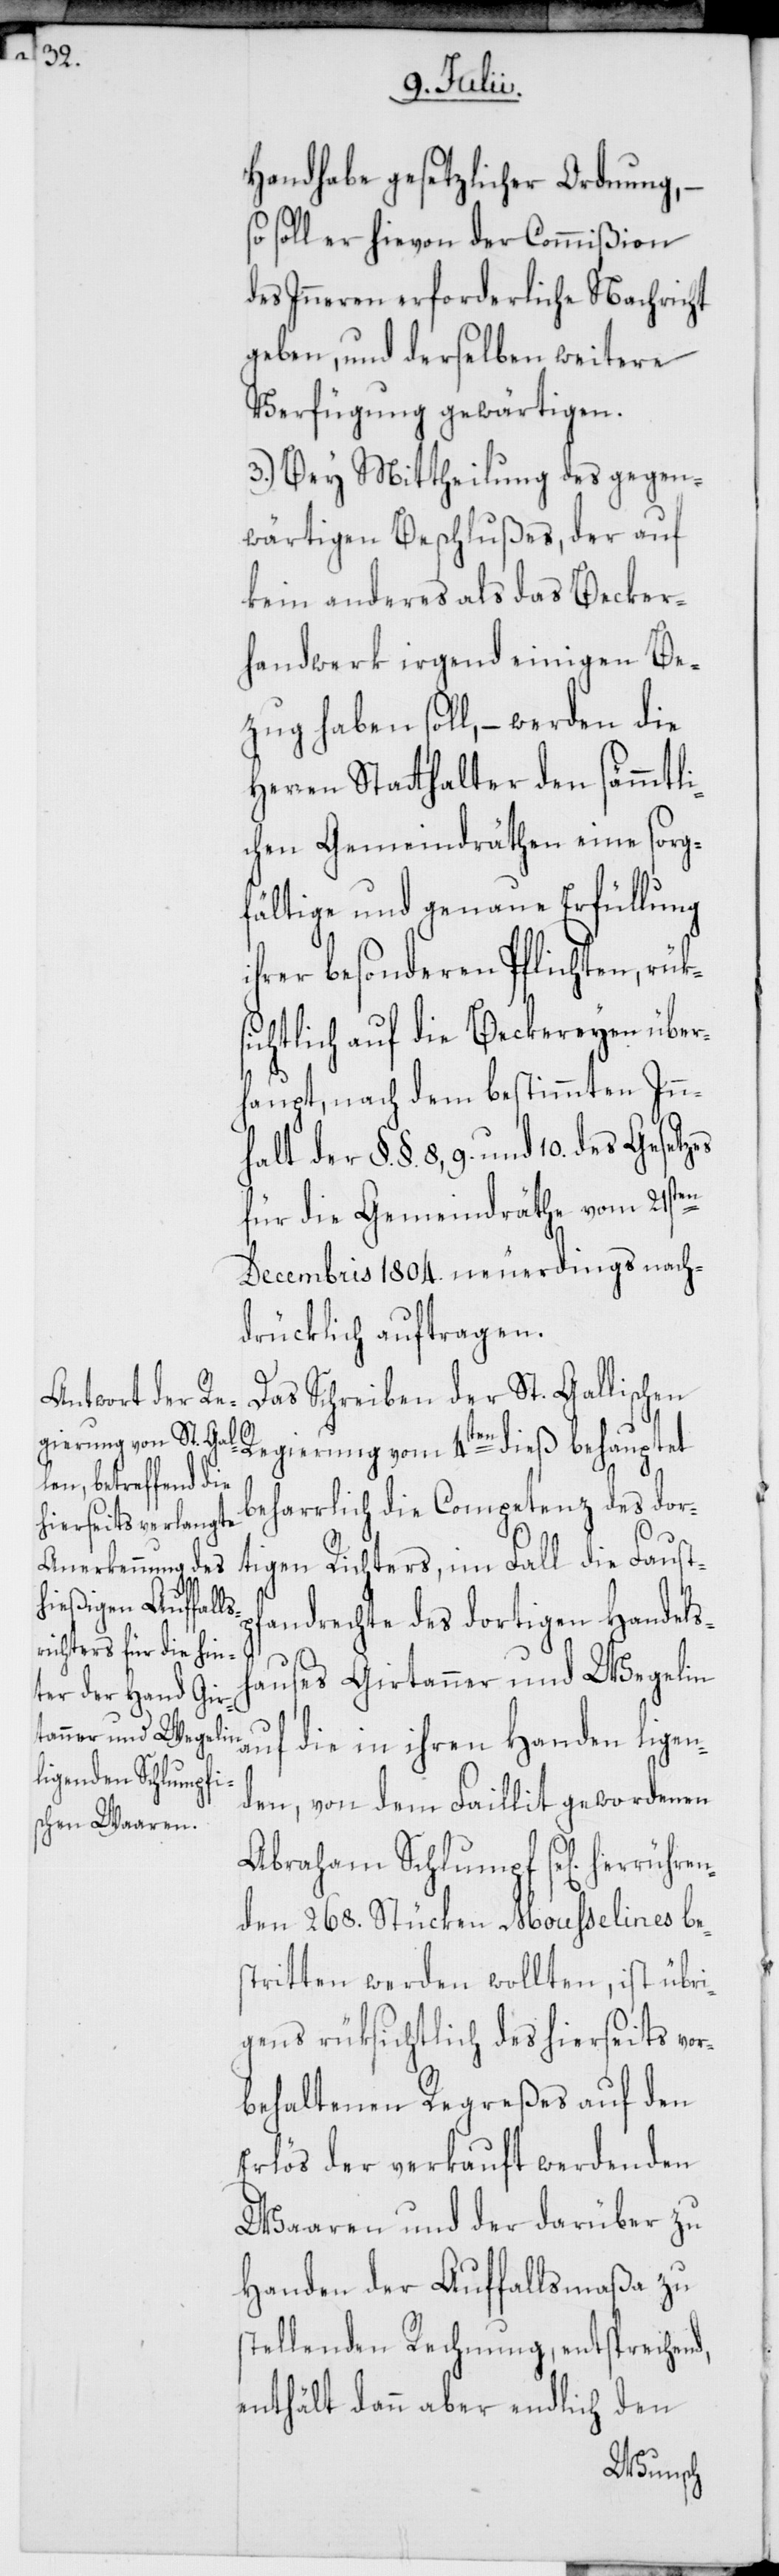
Handhabe gesetzlicher Ordnung,
soll er hievon der Commißion
des Inneren erforderliche Nachricht
geben, und derselben weitere
Verfügung gewärtigen.
3.) Bey Mittheilung des gegen¬
wärtigen Beschlußes, der auf
kein anderes als das Becker¬
handwerk irgend einigen Be¬
zug haben soll, – werden die
Herren Statthalter den sämmtli¬
chen Gemeindräthen eine sorg¬
fältige und genaue Erfüllung
ihrer besonderen Pflichten, rüks¬
ichtlich auf die Beckereyen über¬
haupt, nach dem bestimmten Inn¬
halt der §. §. 8, 9. und 10. des
für die Gemeindräthe vom 21sten
Decembris 1804. neuerdings nach¬
drücklich auftragen.
Das Schreiben der St. Gallischen
Regierung vom 4ten dieß behauptet
beharrlich die Competenz des dor¬
tigen Richters, im Fall die Faustp¬
fandrechte des dortigen Handelsh¬
auses Girtanner und Wegeli¬
n auf die in ihren Handen ligen¬
den, von dem Faillit gewordenen
Abraham Schlumpf se[lig] herrüh¬
den 268. Stücken Mousselines bes¬
tritten werden wollten, ist übri¬
gens rüksichtlich des hierseits vo¬
rbehaltenen Regreßes auf den
Erlös der verkauft werdenden
Waaren und der darüber zu
Handen der Auffallsmaßa zu
stellenden Rechnung, entsprechend,
enthält dann aber endlich
den